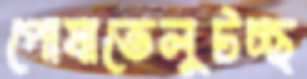
পোষাতেলুটচ্ছ